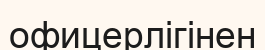
офицерлігінен